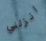
انزلني